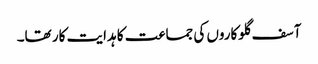
آسف گلوکاروں کی جماعت کا ہدایت کار تھا۔